Vaccination report Assam 1896-1927 - 1896-1927
Year: 1896
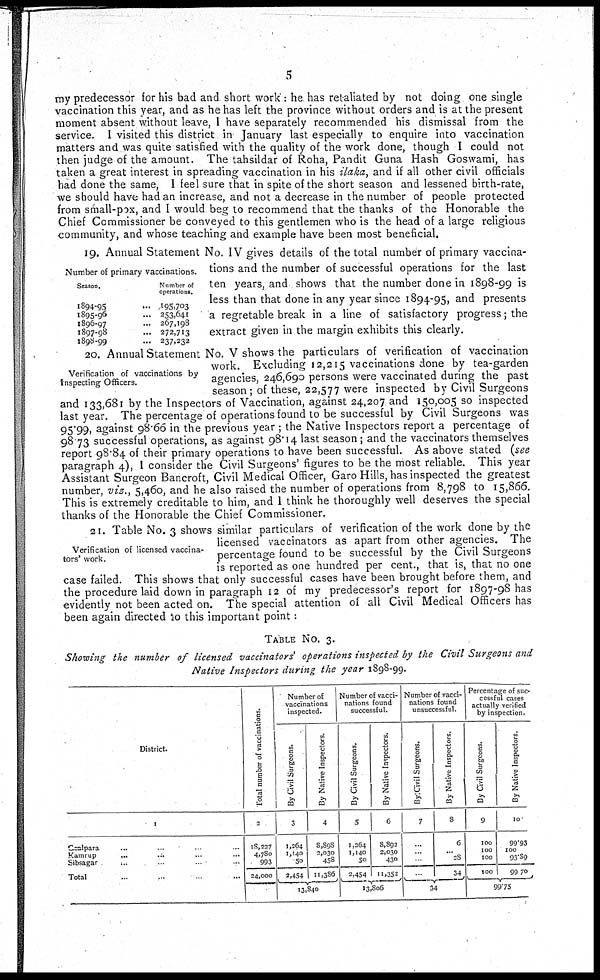
5
my predecessor for his bad and short work : he has retaliated by not doing one single
vaccination this year, and as he has left the province without orders and is at the present
moment absent without leave, I have separately recommended his dismissal from the
service. I visited this district in January last especially to enquire into vaccination
matters and was quite satisfied with the quality of the work done, though I could not
then judge of the amount. The tahsildar of Roha, Pandit Guna Hash Goswami, has
taken a great interest in spreading vaccination in his ilaka, and if all other civil officials
had done the same, I feel sure that in spite of the short season and lessened birth-rate,
we should have had an increase, and not a decrease in the number of people protected
from small-pox, and I would beg to recommend that the thanks of the Honorable the
Chief Commissioner be conveyed to this gentlemen who is the head of a large religious
community, and whose teaching and example have been most beneficial.
Number of primary vaccinations.
Season.
1894-95...
1895-96...
1896-97...
1897-98...
l898-99...
Number of
operations.
195,703
253,641
267,198
272,713
237,232
19. Annual Statement No. IV gives details of the total number of primary vaccina-
tions and the number of successful operations for the last
ten years, and shows that the number done in 1898-99 is
less than that done in any year since 1894-95, and presents
a regretable break in a line of satisfactory progress; the
extract given in the margin exhibits this clearly.
Verification of vaccinations by
Inspecting Officers.
20. Annual Statement No. V shows the particulars of verification of vaccination
work. Excluding 12,215 vaccinations done by tea-garden
agencies, 246,690 persons were vaccinated during the past
season; of these, 22,577 were inspected by Civil Surgeons
and 133,681 by the Inspectors of Vaccination, against 24,207 and 150,005 so inspected
last year. The percentage of operations found to be successful by Civil Surgeons was
95.99, against 98.66 in the previous year ; the Native Inspectors report a percentage of
98.73 successful operations, as against 98.14 last season ; and the vaccinators themselves
report 98.84 of their primary operations to have been successful. As above stated (see
paragraph 4), I consider the Civil Surgeons' figures to be the most reliable. This year
Assistant Surgeon Bancroft, Civil Medical Officer, Garo Hills, has inspected the greatest
number, viz., 5,460, and he also raised the number of operations from 8,798 to 15,866.
This is extremely creditable to him, and I think he thoroughly well deserves the special
thanks of the Honorable the Chief Commissioner.
Verification of licensed vaccina-
tors' work.
21. Table No. 3 shows similar particulars of verification of the work done by the
licensed vaccinators as apart from other agencies. The
percentage found to be successful by the Civil Surgeons
is reported as one hundred per cent., that is, that no one
case failed. This shows that only successful cases have been brought before them, and
the procedure laid down in paragraph 12 of my predecessor's report for 1897-98 has
evidently not been acted on. The special attention of all Civil Medical Officers has
been again directed to this important point :
TABLE No. 3.
Showing the number of licensed vaccinators' operations inspected by the Civil Surgeons and
Native Inspectors during the year 1898-99.
District.
1
Coolpara... ... ... ... ...
Kamrup... ... ...
Sibsagar... ... ... ...
Total...
Total number of vaccinations.
2
l8,227
4,780
993
24,000
Number of
vaccinations
inspected.
By Civil Surgeons.
3
1,264
1,140
50
2,454
By Native Inspectors.
4
8,898
2,030
458
11,386
13,840
Number of vacci-
nations found
successful.
By Civil Surgeons.
5
1,264
1,140
50
2,454
By Native Inspectors.
6
8,892
2,030
430
11,352
13,806
Number of vacci-
nations found
unsuccessful.
By Civil Surgeons.
7
...
...
...
...
By Native Inspectors.
8
6
... 28
34
34
Percentage of suc-
cessful cases
actually verified
by inspection.
By Civil Surgeons.
9
100
100
100
100
By Native Inspectors.
10
99.93
100
93.89
99.70
99.75